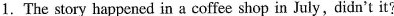
1. The story happened in a coffee shop in July,didn't it?